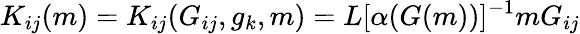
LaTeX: K_{ij}(m)=K_{ij}(G_{ij},g_{k},m)=L[\alpha(G(m))]^{-1}mG_{ij}